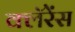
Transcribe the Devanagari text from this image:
क्लॅरेंस